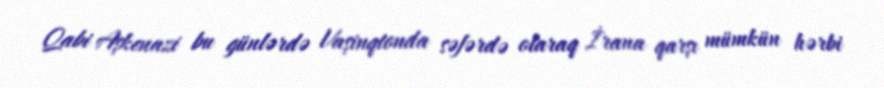
Qabi Aşkenazi bu günlərdə Vaşinqtonda səfərdə olaraq İrana qarşı mümkün hərbi